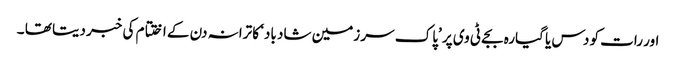
اور رات کو دس یا گیارہ بجے ٹی وی پر ’پاک سر زمین شاد باد‘ کا ترانہ دن کے اختتام کی خبر دیتا تھا ۔